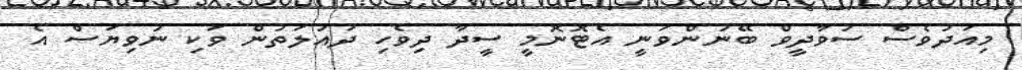
މިއަދުވެސް ސުވާދީވް ބޭނުންވަނީ އެޓޮނޮމީ ސީދާ ދިވެހި ދައުލަތުން ވަކި ނުވިޔަސް އެ